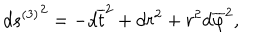
LaTeX: { d s ^ { ( 3 ) } } ^ { 2 } = - d \overline { { { t } } } ^ { 2 } + d r ^ { 2 } + r ^ { 2 } d \overline { { \varphi } } ^ { 2 } ,